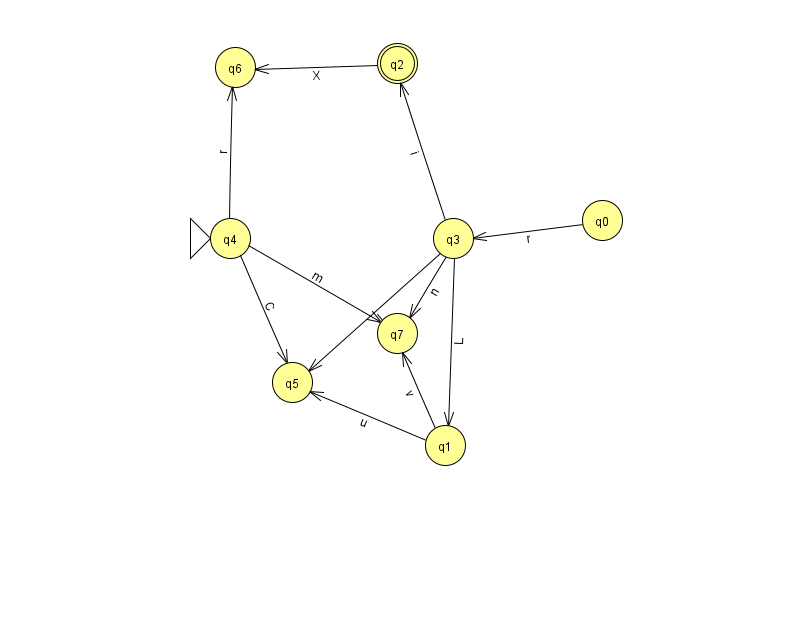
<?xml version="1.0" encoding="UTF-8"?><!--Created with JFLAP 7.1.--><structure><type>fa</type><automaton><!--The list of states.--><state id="0" name="q0"><x>602.0</x><y>207.0</y></state><state id="1" name="q1"><x>445.0</x><y>432.0</y></state><state id="2" name="q2"><x>397.0</x><y>50.0</y><final/></state><state id="3" name="q3"><x>453.0</x><y>225.0</y></state><state id="4" name="q4"><x>230.0</x><y>225.0</y><initial/></state><state id="5" name="q5"><x>292.0</x><y>369.0</y></state><state id="6" name="q6"><x>235.0</x><y>54.0</y></state><state id="7" name="q7"><x>397.0</x><y>320.0</y></state><!--The list of transitions.--><transition><from>3</from><to>5</to><read>J</read></transition><transition><from>4</from><to>5</to><read>C</read></transition><transition><from>1</from><to>7</to><read>v</read></transition><transition><from>2</from><to>6</to><read>X</read></transition><transition><from>3</from><to>2</to><read>i</read></transition><transition><from>4</from><to>7</to><read>m</read></transition><transition><from>4</from><to>6</to><read>r</read></transition><transition><from>0</from><to>3</to><read>r</read></transition><transition><from>3</from><to>1</to><read>L</read></transition><transition><from>1</from><to>5</to><read>u</read></transition><transition><from>3</from><to>7</to><read>n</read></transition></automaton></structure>